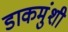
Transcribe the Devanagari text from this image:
डाकमुंशी